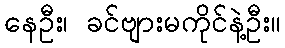
နေဦး၊ ခင်ဗျားမကိုင်နဲ့ဦး။